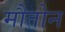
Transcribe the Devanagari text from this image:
मौतोन